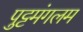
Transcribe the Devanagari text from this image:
पुट्टमंगलम